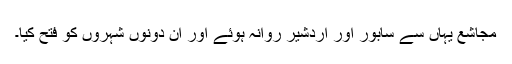
مجاشع یہاں سے سابور اور اردشیر روانہ ہوئے اور ان دونوں شہروں کو فتح کیا۔